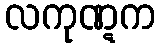
လကုဏ္ဋက